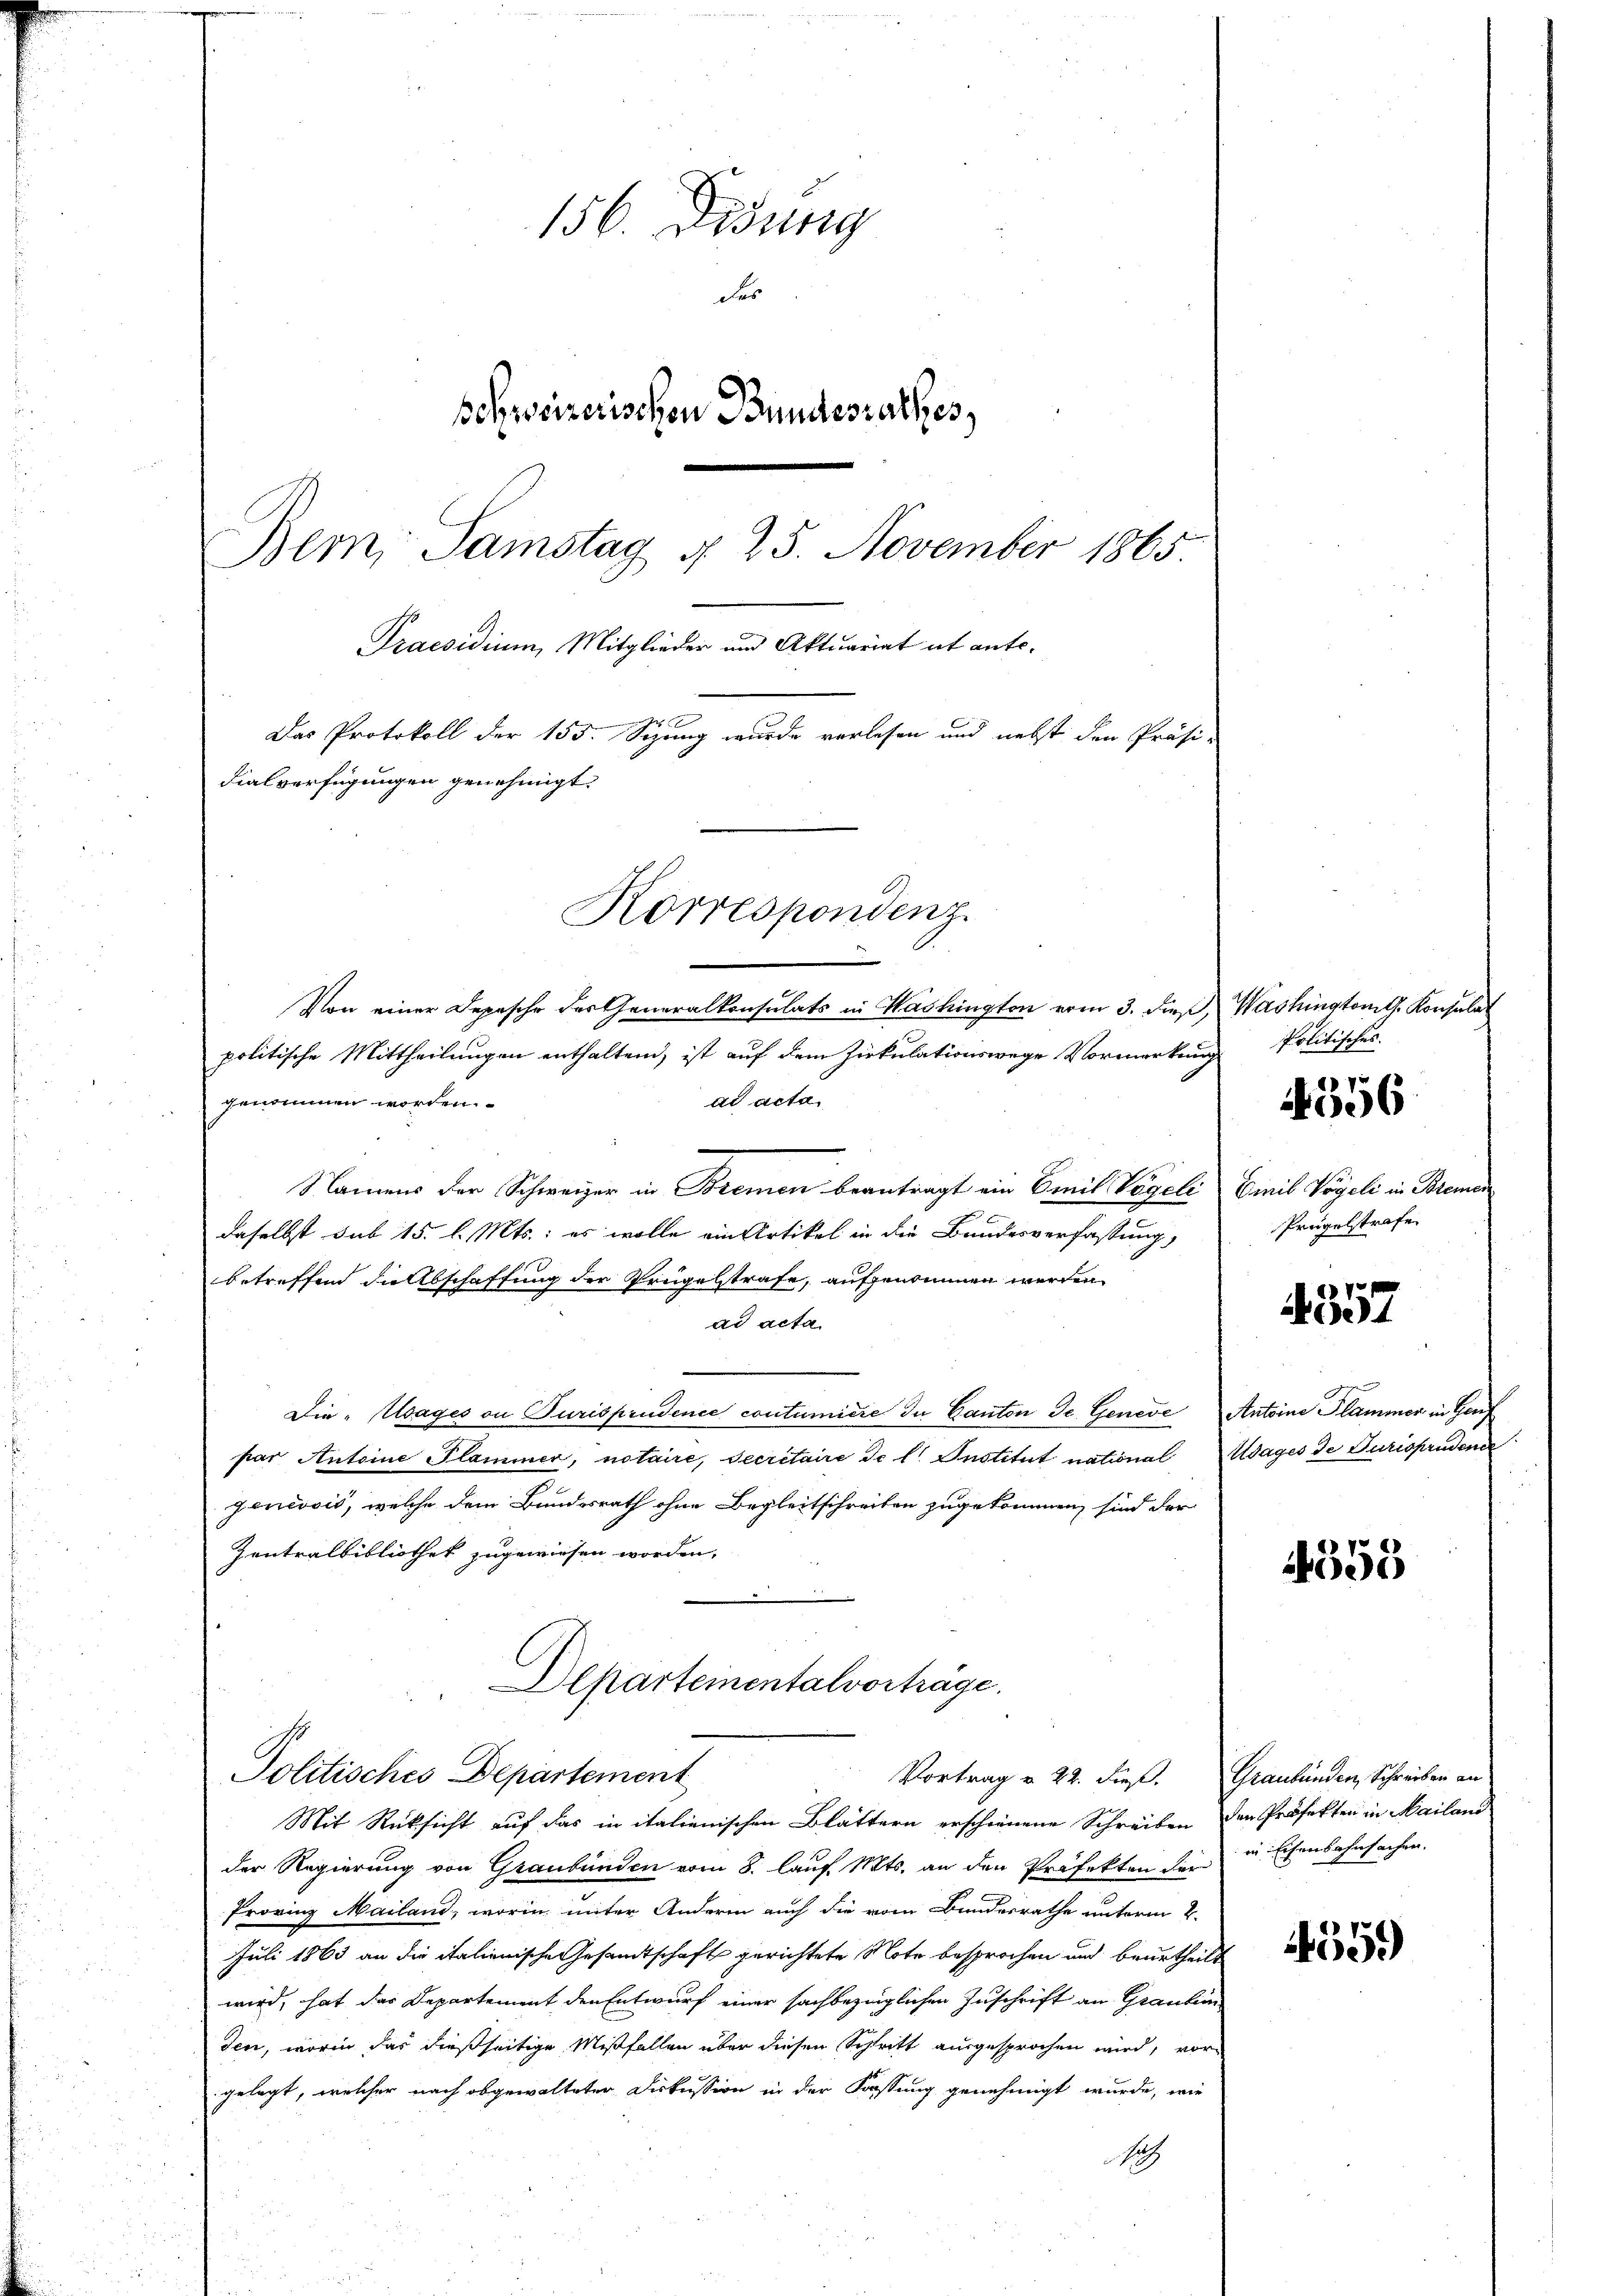
156. Didung
des
Behrseizerischen Bundesrathes,
Bem, Samstag §. 25. November 1865
Praesidium, Mitglieder und Aktuariat ab ante-
Das Protokoll der 155. Sepung wurde vorlesen und nebst den Präsi-
dialverfügungen genehmigt.
Korrespondenz.

Von einer Depesche des Generalkonsulats in Washington vom 3. dieß,
politische Mittheilungen enthaltend, ist auf dem Zirkulationswege Vormerkung politisches.
ad acta.
genommen worden.
Namens der Schweizer in Bremen beantragt ein Emil Vögeli
daselbst sub 15. l. Mts.: es wolle ein Artikel in die Bundesverfassung,
betreffend die Abschaffung der Prügelstrafe, aufgenommen werden.
ad acta
Die „sagés on Jurisprudence coutumiere du Canton de Geneve
par Antoine Flammer, notaire, Secretaire de lt. Institut national
zenevois, welche dem Bundesrath ohne Begleitschreiben zugekommen, sind der
Zentralbibliothek zugewiesen worden,

Alparteinentalvorträge.
Politisches Departement
Vortrag u. 22. dieß.
Mit Rücksicht auf das in italienischen Blättern erschienene Schreiben
der Regierung von Graubünden vom 8. lauf. Mts. an den Präfekten für in Eisenbahnfachen.
Provinz Mailand, worin unter Andern auch die vom Bundesrathe unterm 2.
Juli 1863 an die italienische Gesandtschaft gerichtete Note besprochen und beurtheilwird, hat das Departement den Entwurf einer sachbezüglichen Zuschrift an Graubin
den, worin das dießseitige Mißfallen über diesen Schritt ausgesprochen wird, vor
gelegt, welcher nach abgewalteter Diskussion in der Kassung genehmigt wurde, wie
a

Washingtonte Konsulat
Cinil Vogeli in Klemen
Prügelstrafe

7
1006

557

Antoine Plamoner in Hauf
Udages de Jurisprudener

4553

Graubünden, Schreiben an
den Professor in Mailand

4559)